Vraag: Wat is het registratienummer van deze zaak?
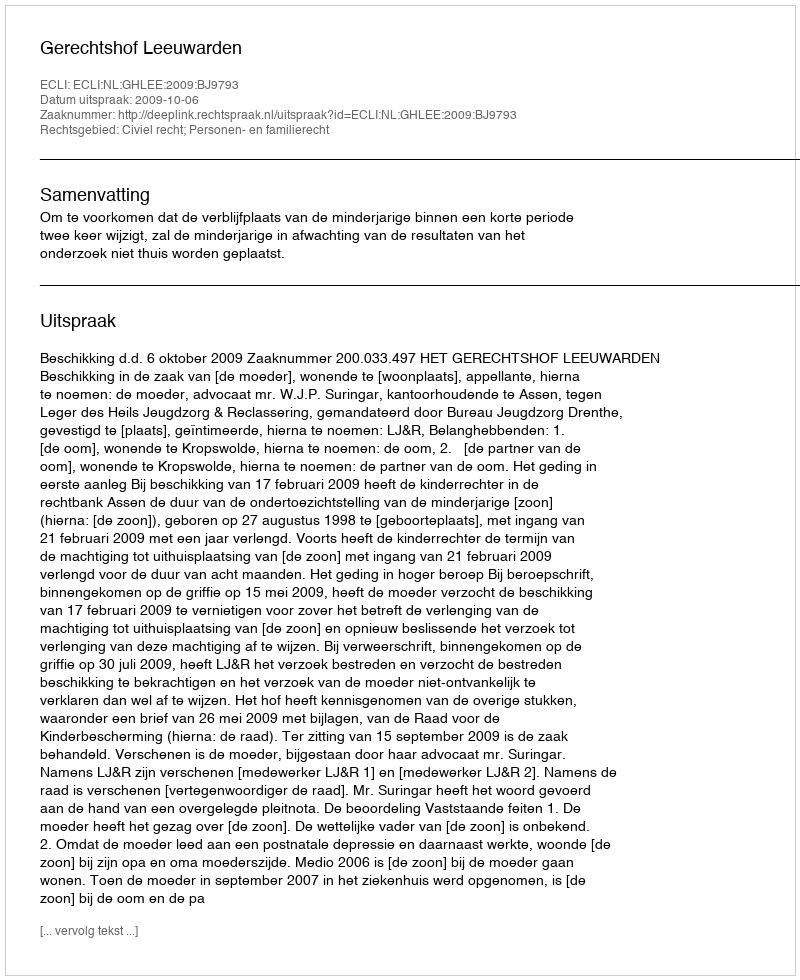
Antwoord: http://deeplink.rechtspraak.nl/uitspraak?id=ECLI:NL:GHLEE:2009:BJ9793